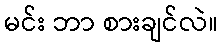
မင်း ဘာ စားချင်လဲ။